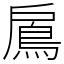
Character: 鳸